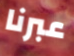
عبرنا